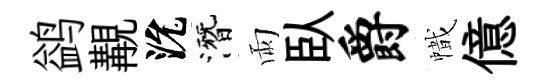
鹢覯沇潛雨臥爵幟億